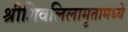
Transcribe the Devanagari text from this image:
श्रीशिवलिलामृतामध्ये